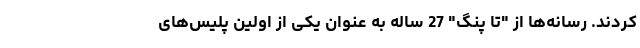
کردند. رسانه‌ها از "تا پنگ" 27 ساله به عنوان یکی از اولین پلیس‌های